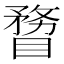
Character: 𥉠